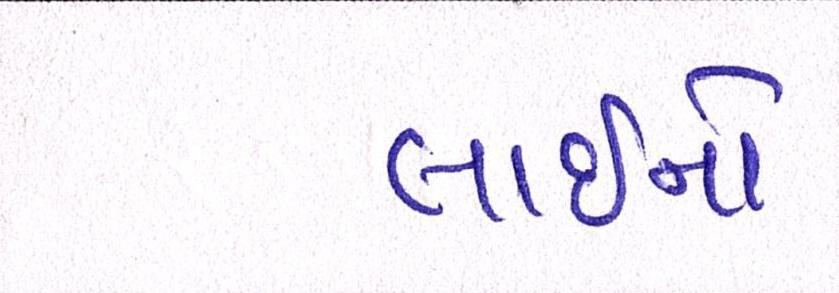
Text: લાઇનો